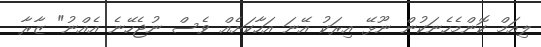
ލިއަމް ކޮންމެހެނަކުން ނޫޅޭ އިރަކު އޭނަ އަހާކަށެއް ވެސް ނުޖެހޭނެ އެއްނު" ޒާރާ